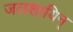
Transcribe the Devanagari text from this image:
जलशायिन्